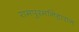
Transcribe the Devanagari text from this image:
रामपुरमनिहारान